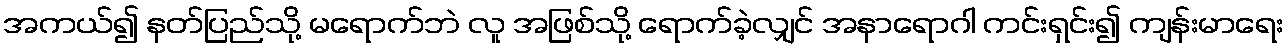
အကယ်၍ နတ်ပြည်သို့ မရောက်ဘဲ လူ အဖြစ်သို့ ရောက်ခဲ့လျှင် အနာရောဂါ ကင်းရှင်း၍ ကျန်းမာရေး